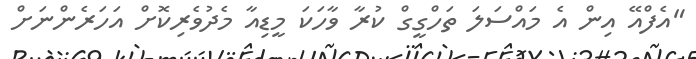
"އެފްއޭ އިން އެ މައްސަލަ ތަހްގީގް ކުރާ ވާހަކަ މީޑިއާ މެދުވެރިކޮށް އަހަރެންނަށް